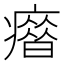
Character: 𰤄